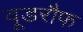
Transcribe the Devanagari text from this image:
वूडरौफ